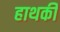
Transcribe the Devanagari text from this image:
हाथकी